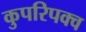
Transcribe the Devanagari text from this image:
कुपरिपक्व